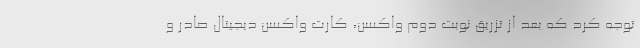
توجه کرد که بعد از تزریق نوبت دوم واکسن، کارت واکسن دیجیتال صادر و